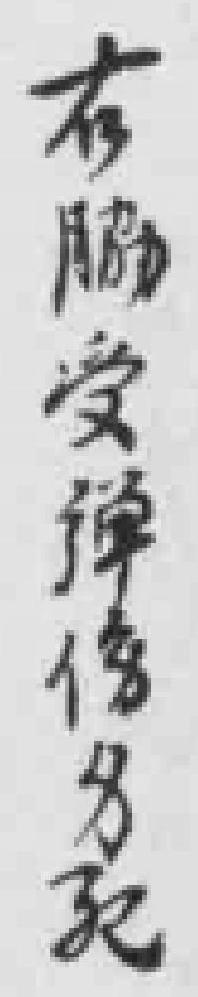
右脇受彈傷*死